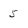
Character: 5